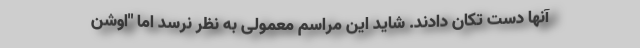
آنها دست تکان دادند. شاید این مراسم معمولی به نظر نرسد اما "اوشن